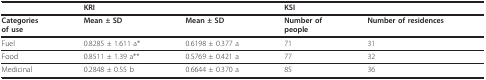
|  | <COLSPAN=2> KRI | <COLSPAN=2> KSI |
 | --- | --- | --- | --- | --- |
 | Categoriesof use | Mean ± SD | Mean ± SD | Number ofpeople | Number of residences |
 | Fuel | 0.8285 ± 1.611 a* | 0.6198 ± 0.377 a | 71 | 31 |
 | Food | 0.8511 ± 1.39 a** | 0.5769 ± 0.421 a | 77 | 32 |
 | Medicinal | 0.2848 ± 0.55 b | 0.6644 ± 0.370 a | 85 | 36 |